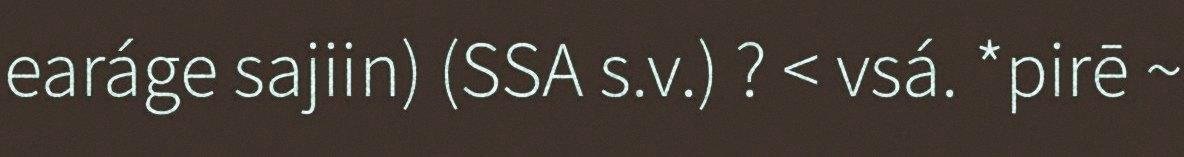
earáge sajiin) (SSA s.v.) ? < vsá. *pirē ~